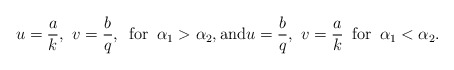
\begin{align*}u = \frac{a}{k}, \,\, v = \frac{b}{q}, \,\,\, {\rm for} \,\,\, \alpha_{1} > \alpha_{2}, {\rm and} u = \frac{b}{q}, \,\, v = \frac{a}{k} \,\,\, {\rm for} \,\,\, \alpha_{1} < \alpha_{2}.\end{align*}